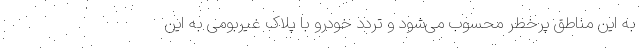
به این مناطق پرخطر محسوب می‌شود و تردد خودرو با پلاک غیربومی به این